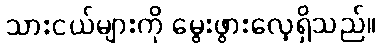
သားငယ်များကို မွေးဖွားလေ့ရှိသည်။